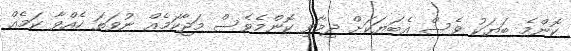
ކޮންމެ ބަޔަކު ވެސް އެބަޔަކަށް ދިމާވި ކޮންމެވެސް މަޖާކަމެއް ނުވަތަ ހެއްވާ ކަމެއް